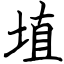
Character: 埴